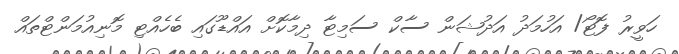
ހަވީރު ފޮޓޯ/ އަހުމަދު އަދުޝަން ސާކް ސަމިޓާ ދިމާކޮށް އައްޑޫގައި ބެހެއްޓި މޮނިއުމަންޓްތައް